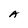
Character: A